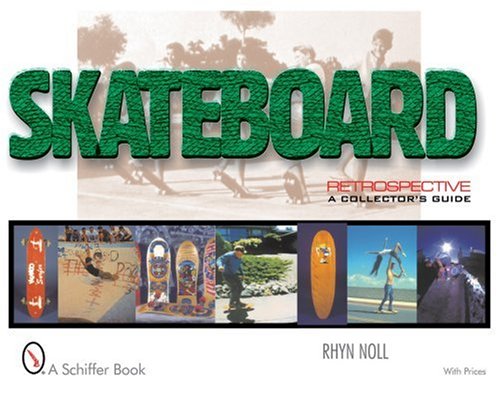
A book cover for Skateboard Retrospective: A Collector's Guide; Rhyn Noll; Crafts, Hobbies & Home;